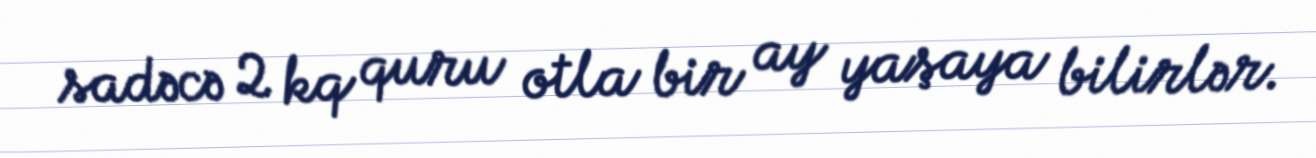
sadəcə 2 kq quru otla bir ay yaşaya bilirlər.